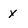
Character: x